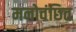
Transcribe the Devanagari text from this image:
मनोवंछित